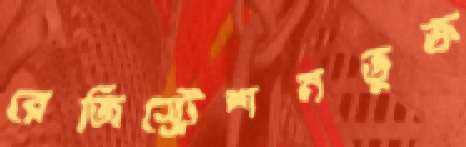
রেজিস্ট্রেশনভুক্ত